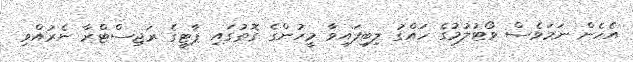
އެހެން ނަމަވެސް ވޯޓުލުމުގެ ހައްގު ލިބިފައިވާ މީހުންގެ ގޮތުގައި ޕާޓީގެ ރަޖިސްޓްރާ ނެރުއްވި